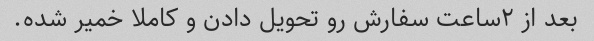
بعد از ٢ساعت سفارش رو تحویل دادن و کاملا خمیر شده.